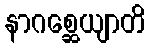
နာဂစ္ဆေယျာတိ